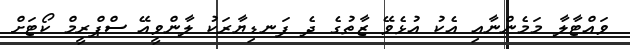
ވައްޓާލާ މަމެންނާއި އެކު އުޅެވޭ ޒާތުގެ ދެ ފަނޑިޔާރަކު ލާންވީއޭ ސްޕްރީމް ކޯޓަށް